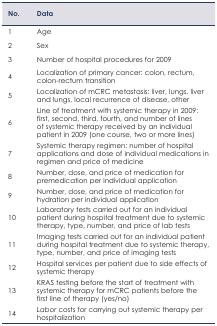
| No. | Data |
 | --- | --- |
 | 1 | Age |
 | 2 | Sex |
 | 3 | Number of hospital procedures for 2009 |
 | 4 | Localization of primary cancer: colon, rectum, colon-rectum transition |
 | 5 | Localization of mCRC metastasis: liver, lungs, liver and lungs, local recurrence of disease, other |
 | 6 | Line of treatment with systemic therapy in 2009: first, second, third, fourth, and number of lines of systemic therapy received by an individual patient in 2009 (one course, two or more lines) |
 | 7 | Systemic therapy regimen: number of hospital applications and dose of individual medications in regimen and price of medicine |
 | 8 | Number, dose, and price of medication for premedication per individual application |
 | 9 | Number, dose, and price of medication for hydration per individual application |
 | 10 | Laboratory tests carried out for an individual patient during hospital treatment due to systemic therapy, type, number, and price of lab tests |
 | 11 | Imaging tests carried out for an individual patient during hospital treatment due to systemic therapy, type, number, and price of imaging tests |
 | 12 | Hospital services per patient due to side effects of systemic therapy |
 | 13 | KRAS testing before the start of treatment with systemic therapy for mCRC patients before the first line of therapy (yes/no) |
 | 14 | Labor costs for carrying out systemic therapy per hospitalization |